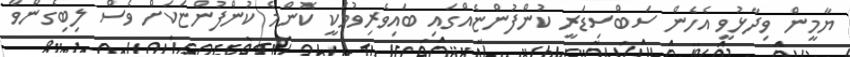
ޔާމީން ވިދާޅުވީ އެހެން ސަބްސިޑަރީ ކުންފުންޏެއްގައި ބައިވެރިވުމަކީ ކޮންމެ ކުންފުންޏަކަށް ވެސް ލިބިގެންވާ